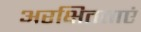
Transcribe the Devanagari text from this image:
अरक्षितताएं